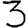
Digit: 3